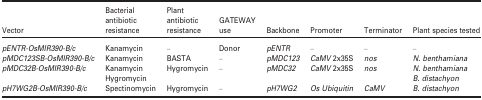
| Vector | Bacterial antibiotic resistance | Plant antibiotic resistance | GATEWAY use | Backbone | Promoter | Terminator | Plant species tested |
 | --- | --- | --- | --- | --- | --- | --- | --- |
 | pENTR‐OsMIR390‐B/c | Kanamycin | – | Donor | pENTR | – | – | – |
 | pMDC123SB‐OsMIR390‐B/c | Kanamycin | BASTA | – | pMDC123 | CaMV 2x35S | nos | N. benthamiana |
 | pMDC32B‐OsMIR390‐B/c | KanamycinHygromycin | Hygromycin | – | pMDC32 | CaMV 2x35S | nos | N. benthamianaB. distachyon |
 | pH7WG2B‐OsMIR390‐B/c | Spectinomycin | Hygromycin | – | pH7WG2 | Os Ubiquitin | CaMV | B. distachyon |